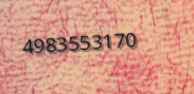
4983553170